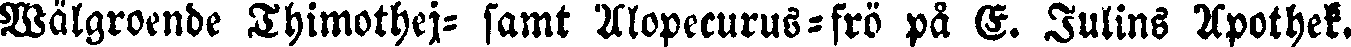
Wälgroende Thimothej- samt Alopecurus-frö på E. Julins Apothek.